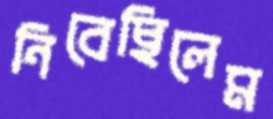
নিবেছিলেম